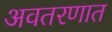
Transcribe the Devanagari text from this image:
अवतरणात